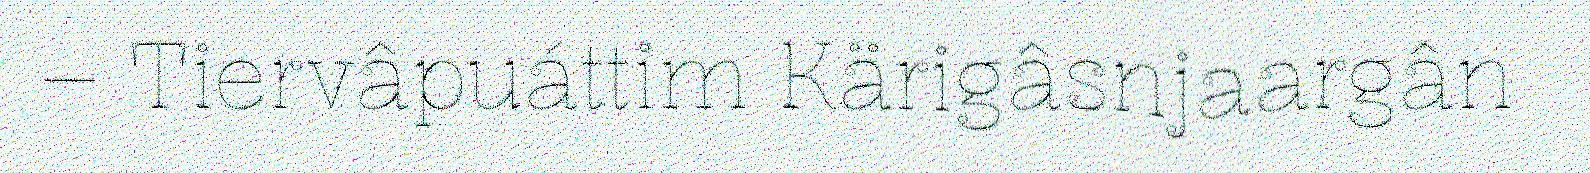
– Tiervâpuáttim Kärigâsnjaargân